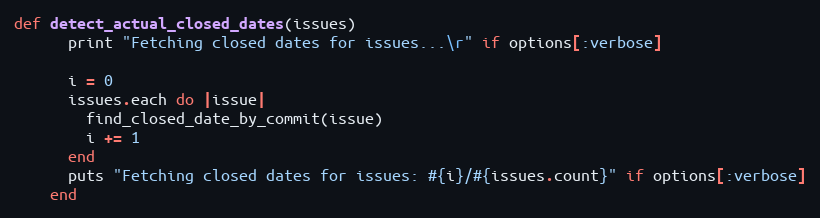
Language: Ruby
def detect_actual_closed_dates(issues)
      print "Fetching closed dates for issues...\r" if options[:verbose]

      i = 0
      issues.each do |issue|
        find_closed_date_by_commit(issue)
        i += 1
      end
      puts "Fetching closed dates for issues: #{i}/#{issues.count}" if options[:verbose]
    end